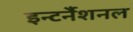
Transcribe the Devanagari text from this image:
इन्टर्नैशनल